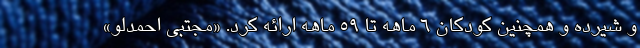
و شیرده و همچنین کودکان ۶ ماهه تا ۵۹ ماهه ارائه کرد. «مجتبی احمدلو»